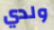
ولدي